Report on vaccination in Madras 1904-1921 - 1904-1921
Year: 1904
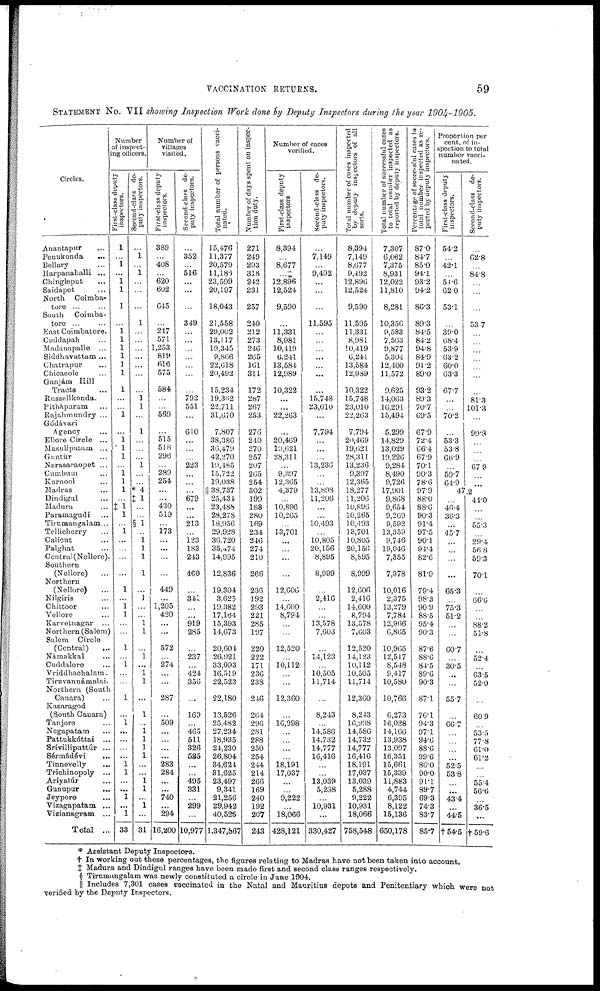
VACCINATION RETURNS.
59
STATEMENT NO. VII showing Inspection Work done by Deputy Inspectors during the year 1904-1905.
Circles.
Anantapur ...
Penukonda ...
Bellary ...
Harpanahalli ...
Ghingleput ...
Saidapet ...
North Coimba¬
tore ... ...
South Coimba¬
tore ... ...
East Coimbatore.
Cuddapah ...
Madauapalle ...
Siddhavattam ...
Chatrapur ...
Chicacole ...
Ganjám Hill
Tracts ...
Russellkonda.
Pitháparam ...
Rajahmundry ...
Gódávari
Agency ...
Ellore Circle ...
Masulipatam ...
Guntúr ...
Narasaraopet ...
Cumbum ...
Kurnool ...
Madras ...
Dindigul ...
Madura ...
Paramagudi ...
Tirumangalam ...
Tellicherry ...
Calicut ...
Palghat ...
Central (Nellore).
Southern
(Nellore)
...
Northern
(Nellore) ...
Nilgiris ...
Chittoor ...
Vellove ...
Karvetnagar ...
Northern (Salem)
Salem Circle
(Central) ...
Námakkal ...
Cuddalore ...
Vriddhaehalam.
Tiruvannámalai.
Northern (South
Canara)
Kasaragod
(South Canara)
Tanjore ...
Negapatam ...
Pattukkóttai ...
Srívilliputtúr ...
Sérmádévi
...
Tinnevelly
...
Trichinopoly ...
Ariyalúr ...
Gunupur
...
Jeypore ...
Vizagapatam ...
Vizianagram ...
Total ...
Number
of inspect¬
ing officers.
inspectors.
1
...
1
...
1
1
1
...
1
1
1
1
1
1
1
...
...
1
...
1
l
1
...
1 1
1
...
‡1 1
...
1
...
...
...
...
1
...
1
1
...
...
1
...
1
...
...
1
...
1
...
...
...
...
1
1
...
...
1
...
1
33
Second-class de-
puty inspectors.
...
1
...
1
...
...
...
1
...
...
...
...
...
...
...
1
1
...
1
...
...
...
1
...
...
*4
‡ 1
...
...
§1
...
1 1
1
1
...
1
...
...
1
1
...
1
...
1
1
...
1
...
1 1
1
1
...
...
1 1
...
1
...
31
Number of
villages
visited.
First-class
deputy
inspectors.
389
...
408
...
620
602
645
...
247
571
1,253
819
616
575
584
...
...
560
...
515
518
296
...
289
254
...
...
430
510
...
173
...
...
...
...
449
...
1,205
420
...
...
572
...
274
...
...
287
...
509
...
...
...
...
283
284
...
...
740
...
294
16,200
Second-class de-
puty inspectors.
...
352
...
516
...
...
...
349
...
...
...
...
...
...
...
792
551
...
610
...
...
...
223
...
...
...
679
...
...
213
...
123
183
243
460
...
341
...
...
919
285
...
237
...
424
356
...
169
...
465
511
326
525
...
...
495
331
...
299
...
10,977
Total
number of persons vacci-
nated.
15,476
11,377
20,579
11,186
23,599
20,197
18,043
21,558
29,002
13,117
19,345
9,806
22,618
20,492
15,234
19,362
22,711
31,670
7,807
38,386
36,479
42,270
19,485
15,722
19,038
|| 38,737
25,434
23,488
28,278
18,956
29,928
36,720
35,474
14,995
12,836
19,304
3,625
19,382
17,164
15,393
14,673
20,604
26,921
33,093
16,519
22,523
22,180
13,526
25,482
27,234
18,935
24,230
26,804
34,624
31,625
23,497
9,341
21,256
29,942
40,525
1,347,867
Number
of days spent on inspec-
tion duty.
271
249
293
318
242
231
257
240
212
273
246
265
161
311
172
287
267
253
276
240
270
257
207
265
254
302
199
188
280
169
234
246
274
210
266
236
192
293
221
285
197
220
222
171
236
238
246
264
296
281
288
250
254
244
214
266
169
240
192
207
243
Number of caces
verified.
First-class
deputy
inspectors
8,394
...
8,677
...
12,896
12,524
9,590
...
11,331
8,981
10,419
6,241
13,584
12,989
10,322
...
...
22,203
...
20,469
19,621
28,311
...
9,397
12,365
4,379
...
10,896
10,265
...
13,701
...
...
...
...
12,606
...
14,600
8,794
...
...
12,520
...
10,112
...
...
12,360
...
16,998
...
...
...
...
18,191
17,037
...
...
9,222
...
18,066
428,121
Second-class de-
puty inspectors.
...
7,149
...
9,492
...
...
...
11,595
...
...
...
...
...
...
...
15,748
23,010
...
7,794
...
...
...
13,236
...
...
13,898
11,206
...
...
10,493
...
10,805
20,156
8,895
8,999
...
2,416
...
...
13,578
7,603
...
14,123
...
10,505
11,714
...
8,243
...
14,586
14,732
14,777
16,416
...
...
13,039
5,288
...
10,931
...
330,427
Total
number of cases inspected
by deputy inspectors of all
sorts.
8,394
7,149
8,077
9,492
12,890
12,524
9,590
11,595
11,331
8,981
10,419
0,241
13,584
12,989
10,322
15,748
23,010
22,263
7,794
20,469
19,62l
28,311
13,236
9,397
12,365
18,277
11,206
10,896
10,265
10493
13,701
10,805
20,156
8,895
8,999
12,606
2,416
14,600
8,794
13,578
7,603
12,520
14,123
10,112
10,505
11,714
12,360
8,243
16,998
14,586
14,732
14,777
16,416
18,191
17,037
13,039
5,288
9,222
10,931
18,066
758,548
Total
number of successful cases
to total number inspected as
reported by deputy inspectors.
7,307
6,062
7,375
8,931
12,022
11,810
8,281
10,356
9,583
7,503
9,877
5,304
12,400
11,572
9,625
14,003
10,291
15,494
5,299
14,829
13,029
19,226
9,284
8,490
9,726
17,901
9,868
9,654
9,269
9,592
13,359
9,746
19,046
7,355
7,378
10,016
2,375
13,279
7,784
12,966
6,865
10,965
12,517
8,548
9,417
10,580
10,766
6,273
16,028
14,166
13,938
13,097
16,351
15,661
15,339
11,883
4,744
6,395
8,122
15,136
650,178
Percentage of successful cases to
total number inspected as re-
ported by deputy inspectors.
87.0
84.7
85.0
94.1
93.2
94.2
86.3
89.3
84.5
84.2
94.8
84.9
91.2
89.0
93.2
89.3
70.7
69.5
67.9
72.4
66.4
67.9
70.1
90.3
78.6
97.9
88.0
88.6
90.3
91.4
97.5
90.1
94.4
82.6
81.9
79.4
98.3
90.9
88.5
95.4
90.3
87.6
88.6
84.5
89.6
90.3
87.1
76.1
94.3
97.1
94.6
88.6
99.6
86.0
90.0
91.1
89.7
69.3
74.3
83.7
85.7
Proportion per
cent. of in-
spection to total
number vacci¬
nated.
First-class deputy
inspectors.
54.2
...
42.1
...
54.5
62.0
53.1
...
39.0
08.4
53.9
63.2
60.0
63.3
67.7
...
...
70.2
...
53.3
53.8
66.9
...
59.7
64.9
Second-class de-
puty inspectors.
...
62.8
...
84.8
...
...
...
53.7
...
...
...
...
...
...
...
81.3
101.3
...
99.3
...
...
...
67.9
...
...
47.2
...
46.4
30.3
...
45.7
...
...
...
...
65.3
...
75.3
51.2
...
...
60.7
...
30.5
...
...
55.7
...
66.7
...
...
...
...
52.5
53.8
...
...
43.4
...
44.5
‡54.5
44.0
...
...
55.3
...
29.4
56.8
59.3
70.1
...
66.6
...
...
88.2
51.8
...
52.4
...
63.5
52.0
...
60.9
...
53.5
77.8
61.0
61.2
...
...
55.4
56.6
...
36.5
...
†59.6
* Assistant Deputy Inspectors.
† In working out these percentages, the figures relating to Madras have not been taken into account.
‡ Madura and Dindigul ranges have been made first and second class ranges respectively.
§ Tirumungalam was newly constituted a circle in June 1904.
|| Includes 7,301 cases vaccinated in the Natal and Mauritius depots and Penitentiary which were not
verified by the Deputy Inspectors.